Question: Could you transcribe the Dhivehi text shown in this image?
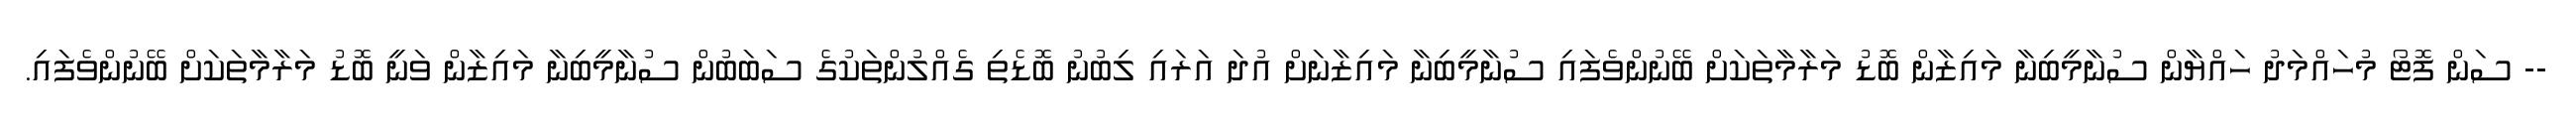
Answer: -- ސަން ފޮޓޯ މުހައްމަދު ހައްޔާން ސުނާމީބިނާ މައިޒާން ބޮޑު މަރާމާތަކަށް ބޭނުންވެފައި ސުނާމީބިނާ މައިޒާނަށް އުދަ އަރައި ލިބުނު ބޮޑެތި ގެއްލުންތަކުގެ ސަބަބުން ސުނާމީބިނާ މައިޒާން ވަނީ ބޮޑު މަރާމާތަކަށް ބޭނުންވެފައި.